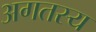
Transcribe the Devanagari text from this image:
अगतस्य